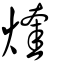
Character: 煃